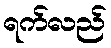
ရက်လည်